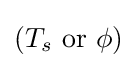
(T_{s}{\text{ or }}\phi )